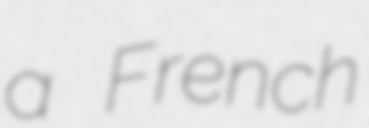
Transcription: a French